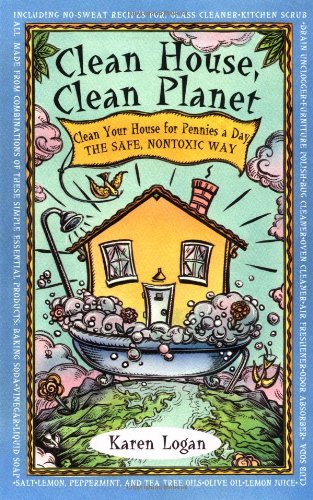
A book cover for Clean House Clean Planet; Karen Logan; Crafts, Hobbies & Home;